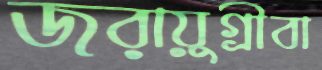
জরায়ুগ্রীবা